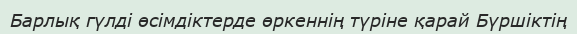
Барлық гүлді өсімдіктерде өркеннің түріне қарай Бүршіктің